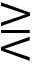
\gtreqless